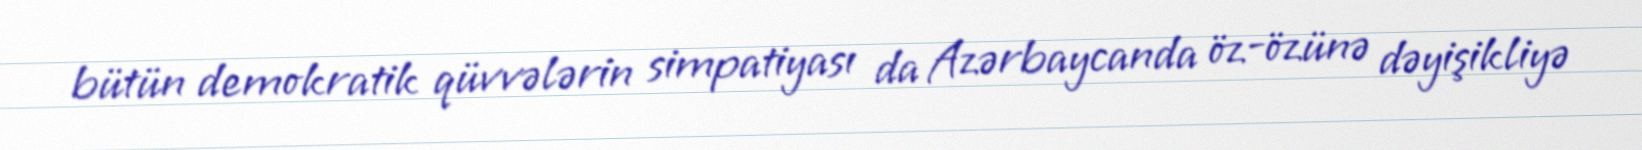
bütün demokratik qüvvələrin simpatiyası da Azərbaycanda öz-özünə dəyişikliyə